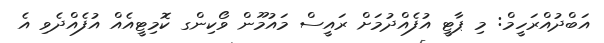
އަބްދުއްރަހީމް: މި ޕާޓީ އުފެއްދުމަށް ރައީސް މައުމޫން ވޯކިންގ ކޮމިޓީއެއް އުފެއްދެވި އެ